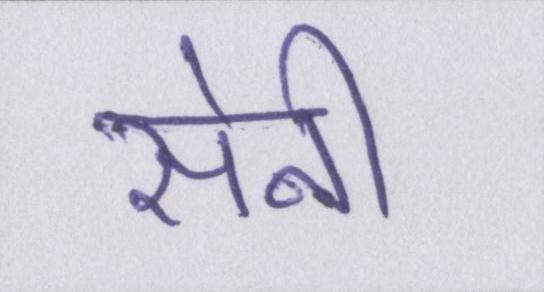
सेनी